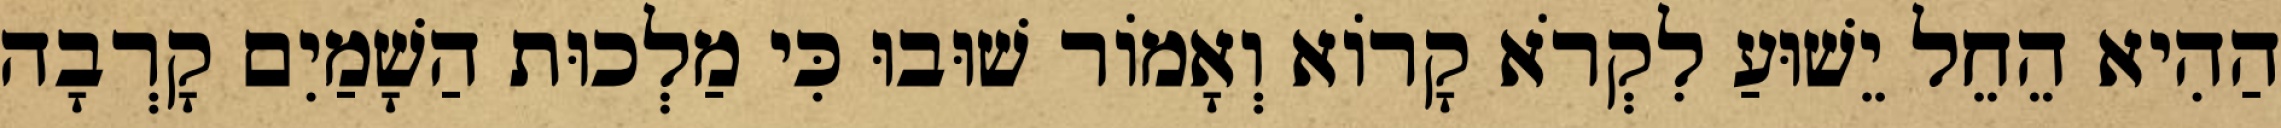
הַהִיא הֵחֵל יֵשׁוּעַ לִקְרֹא קָרוֹא וְאָמוֹר שׁוּבוּ כִּי מַלְכוּת הַשָׁמַיִם קָרְבָה